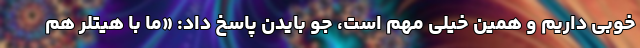
خوبی داریم و همین خیلی مهم است، جو بایدن پاسخ داد: «ما با هیتلر هم